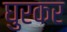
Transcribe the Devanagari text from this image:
घुरकर